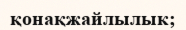
қонақжайлылык;